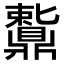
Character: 𬹩